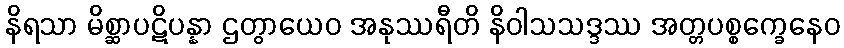
နိရသာ မိစ္ဆာပဋိပန္နာ ဌတွာယေဝ အနုဿရီတိ နိဝါသသဒ္ဒဿ အတ္တပစ္စက္ခေနေဝ